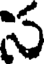
స